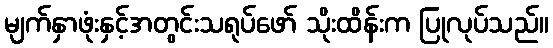
မျက်နှာဖုံးနှင့်အတွင်းသရုပ်ဖော် သိုးထိန်းက ပြုလုပ်သည်။